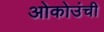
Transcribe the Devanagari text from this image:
ओकोउंची